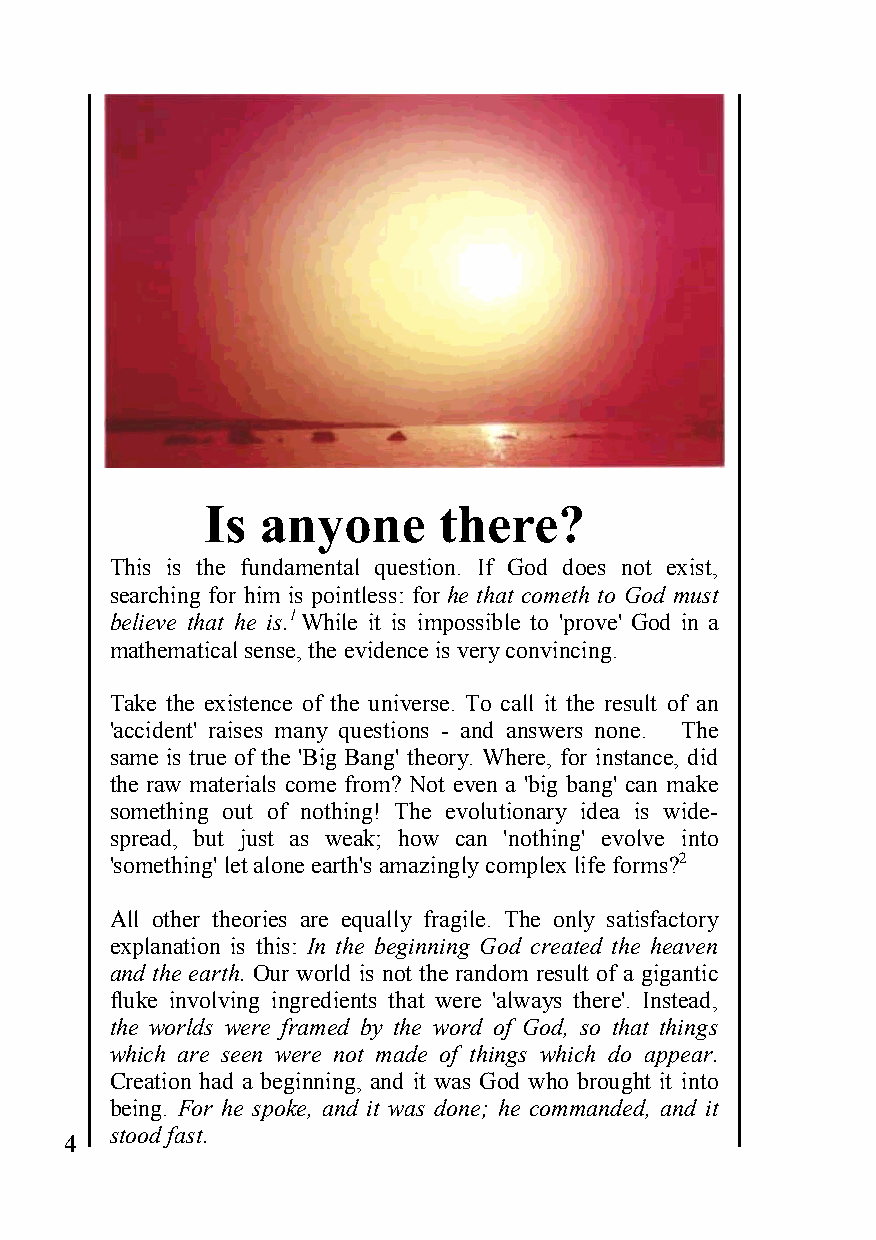
Is anyone      there?
 This is the fundamental question. If God does not exist,
 searching for him is pointless: for he that cometh to God must
 believe that he is.1 While it is impossible to 'prove' God in a
 mathematical sense, the evidence is very convincing.
 Take the existence of the universe. To call it the result of an
 'accident' raises many questions - and answers none. The
 same is true of the 'Big Bang' theory. Where, for instance, did
 the raw materials come from? Not even a 'big bang' can make
 something out of nothing! The evolutionary idea is wide-
 spread, but just as weak; how can 'nothing' evolve into
 'something' let alone earth's amazingly complex life forms?2
 All other theories are equally fragile. The only satisfactory
 explanation is this: In the beginning God created the heaven
 and the earth. Our world is not the random result of a gigantic
 fluke involving ingredients that were 'always there'. Instead,
 the worlds were framed by the word of God, so that things
 which are seen were not made of things which do appear.
 Creation had a beginning, and it was God who brought it into
 being. For he spoke, and it was done; he commanded, and it
 4
 stood fast.